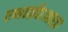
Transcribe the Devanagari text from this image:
एन०ई०आर०